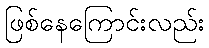
ဖြစ်နေကြောင်းလည်း